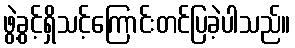
ဖွဲ့ခွင့်ရှိသင့်ကြောင်းတင်ပြခဲ့ပါသည်။